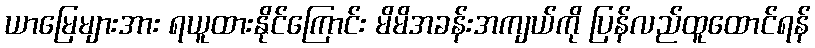
ယာမြေများအား ရယူထားနိုင်ကြောင်း မိမိအခန်းအကျယ်ကို ပြန်လည်ထူထောင်ရန်